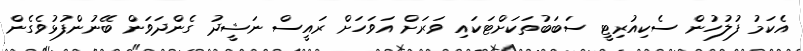
އެކަމު ފުލުހުން ސެކިއުރިޓީ ސަބަބުތަކަށްޓަކައި ވަރަށް އަވަހަށް ރައީސް ނަޝީދު ގެންދަވަން ބޭނުންފުޅުވެގެން